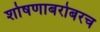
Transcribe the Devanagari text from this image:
शोषणाबरोबरच